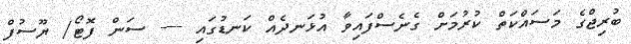
ބުރިޖްގެ މަސައްކަތް ކުރުމަށް ގެނެސްފައިވާ އުޅަނދެއް ކަނޑުގައި ---- ސަން ފޮޓޯ/ ޔޫސުފް